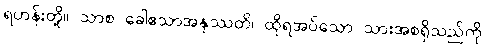
ရဟန်းတို့။ သာစ ခေါဧသာအနုဿတိ၊ ထိုရအပ်သော သားအစရှိသည်ကို